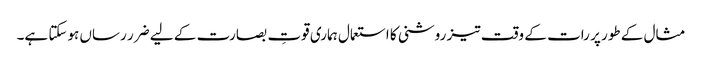
مثال کے طور پر رات کے وقت تیز روشنی کا استعمال ہماری قوتِ بصارت کے لیے ضرر رساں ہوسکتا ہے۔